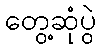
တွေ့ဆုံပွဲ